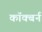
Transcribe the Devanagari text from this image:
कॉक्बर्न